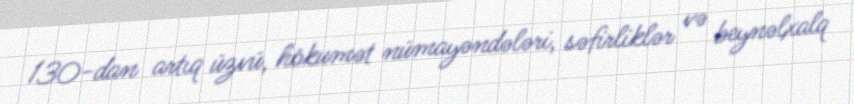
130-dan artıq üzvü, hökumət nümayəndələri, səfirliklər və beynəlxalq